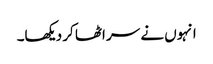
انہوں نے سر اٹھا کر دیکھا۔